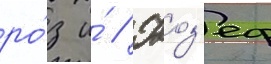
ро́з и́ // Жоз'еф